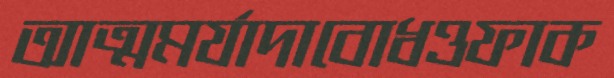
আত্মমর্যাদাবোধওফাক